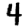
Digit: 4